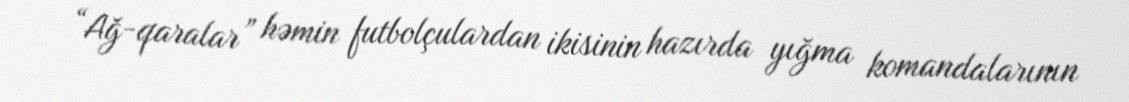
“Ağ-qaralar” həmin futbolçulardan ikisinin hazırda yığma komandalarının